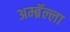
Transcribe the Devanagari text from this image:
अम्ब्रॅल्ला